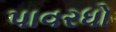
પાવરધો